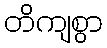
တိကျစွာ